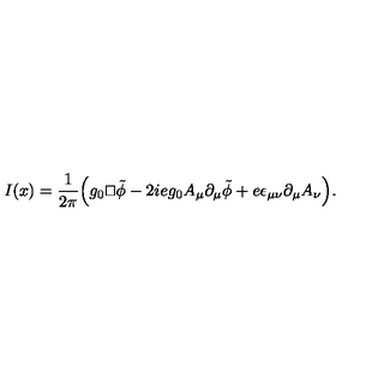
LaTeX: I ( x ) = \frac { 1 } { 2 \pi } \Bigl ( g _ { 0 } { \sqcap \! \! \! \! \sqcup } \tilde { \phi } - 2 i e g _ { 0 } A _ { \mu } \partial _ { \mu } \tilde { \phi } + e \epsilon _ { \mu \nu } \partial _ { \mu } A _ { \nu } \Bigr ) .